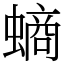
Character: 螪